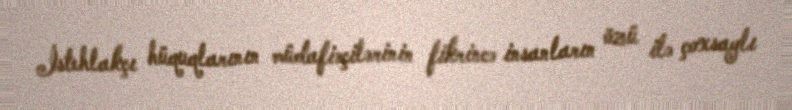
İstehlakçı hüquqlarının müdafiəçilərinin fikrincə insanların özü ilə çoxsaylı